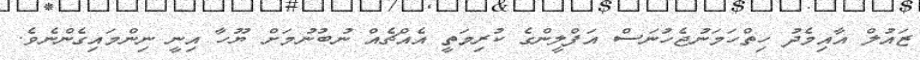
ޒައުލް އާއިމެދު ހިތްހަމަނުޖެހުނަސް އަފްލީންގެ ކުރިމަތީ އެއްޗެއް ނުބުނުމަށް ޔޫހާ އިނީ ނިންމައިގެންނެވެ.